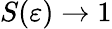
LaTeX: S(\varepsilon)\to 1